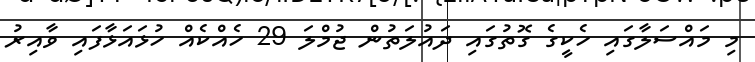
މި މައްސަލާގައި ހެކީގެ ގޮތުގައި ދައުލަތުން ޖުމްލަ 29 ހެއްކެއް ހުޅައަޅާފައި ވާއިރު